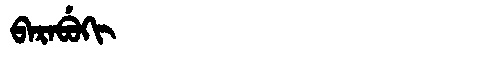
Manchu: ᠪᠠᡵᠠᠪᡠᡴᡳ
Romanization: BARABUKI